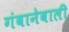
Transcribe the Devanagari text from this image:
गंवानेवाली